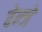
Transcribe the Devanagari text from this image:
बेन्जें